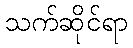
သက်ဆိုင်ရာ